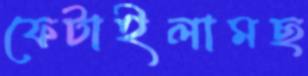
ফেটাইলামছ